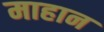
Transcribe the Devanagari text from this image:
माहान